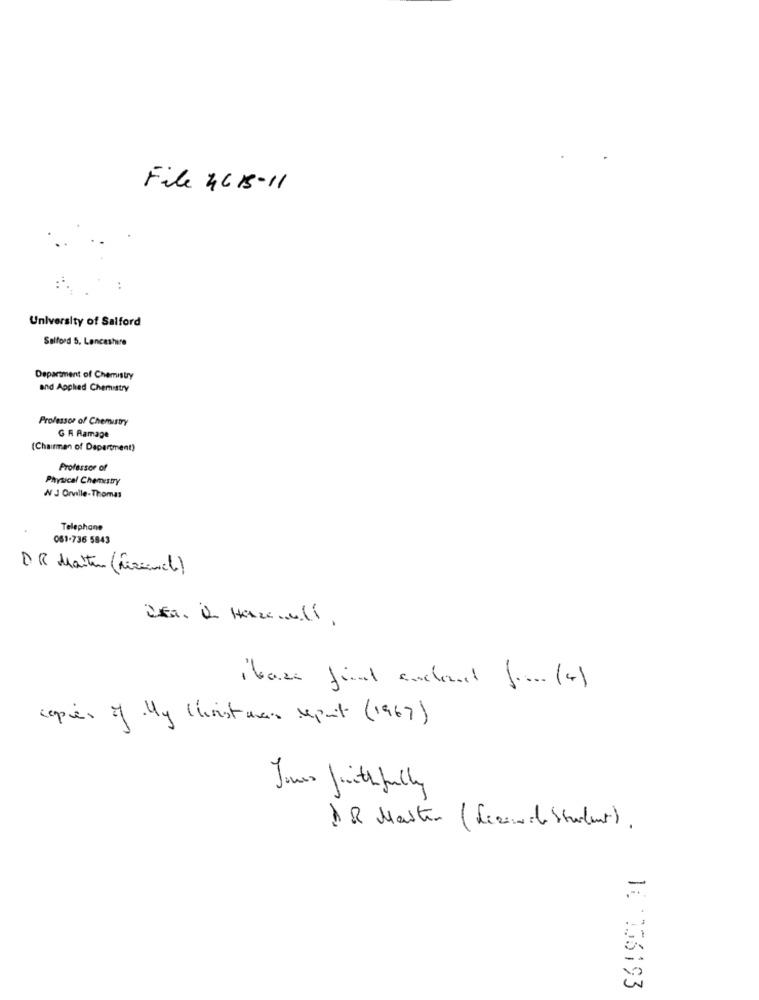
File 4615-11
University of Salford
Salford 5. Lancashire
Department of Chemistry
and Applied Chemistry
Professor of Chemistry
G R Ramage
(Chairman of Department)
Professor of
Physical Chemistry
W 3 Orville-Thomas
Telephone
061-736 5843
DR Martens (Mezzavil)
ibazo fint sachant fr (4)
copies of My Cinist una report (1967)
ÄR Master (Lizard Student).
10 056193